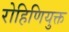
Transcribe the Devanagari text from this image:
रोहिणियुक्त